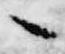
々